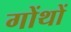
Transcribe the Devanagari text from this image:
गोंथों